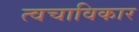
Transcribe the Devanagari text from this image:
त्वचाविकार